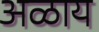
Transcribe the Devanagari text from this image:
अळाय